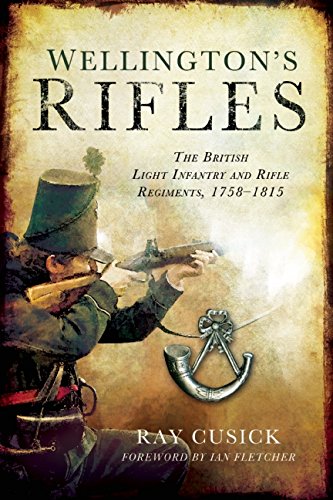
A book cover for Wellington's Rifles: The British Light Infantry and Rifle Regiments, 1758EE1815; Ray Cusick; History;